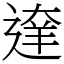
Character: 𨔶